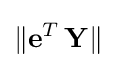
\|\mathbf {e} ^{T}\,\mathbf {Y} \|